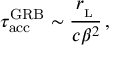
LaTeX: \tau _ { \mathrm { a c c } } ^ { \mathrm { G R B } } \sim \frac { r _ { _ \mathrm { L } } } { c \beta ^ { 2 } } \, ,